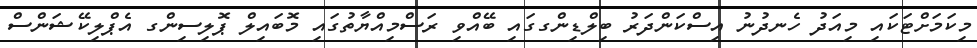
މިކަމަށްޓަކައި މިއަދު ހެނދުނު އިސްކަންދަރު ބިލްޑިންގގައި ބޭއްވި ރަސްމިއްޔާތުގައި މޮބައިލް ޕޮލިސިންގ އެޕްލިކޭޝަންސް